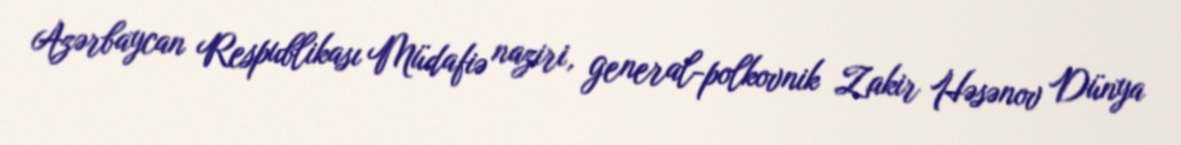
Azərbaycan Respublikası Müdafiə naziri, general-polkovnik Zakir Həsənov Dünya